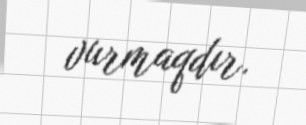
vurmaqdır.